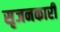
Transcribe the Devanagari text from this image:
सृजनकारी